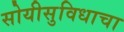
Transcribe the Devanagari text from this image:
सोयीसुविधाचा